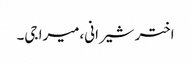
اختر شیرانی،میرا جی۔